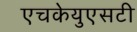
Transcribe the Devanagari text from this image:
एचकेयुएसटी